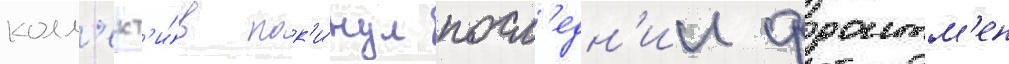
колл'ект'и́в пок'и́нул посл'едн'ии фронтм'ен